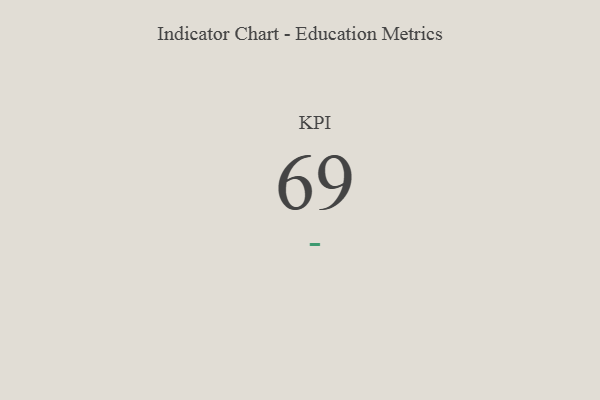
{"axis": {"x": "KPI", "y": "Value"}, "legend": [""], "data": [{"x": "KPI", "y": 69, "type": ""}]}